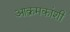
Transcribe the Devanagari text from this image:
आक्रमकांशी